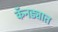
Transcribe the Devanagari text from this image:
कॅनड्यात